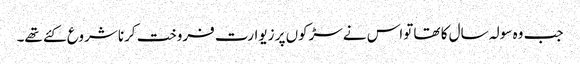
جب وہ سولہ سال کا تھا تواس نےسڑکوں پر زیوارت فروخت کرنا شروع کئے تھے۔